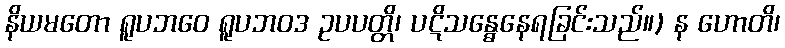
နိယမတော ရူပဘဝေ ရူပဘဝဒ ဥပပတ္တိ၊ ပဋိသန္ဓေနေရခြင်းသည်။) န ဟောတိ၊